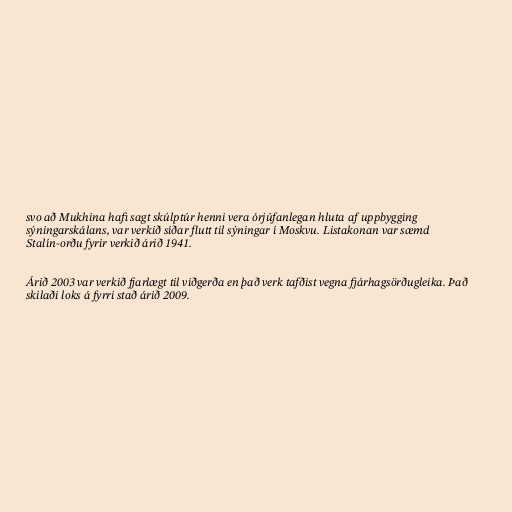
svo að Mukhina hafi sagt skúlptúr henni vera órjúfanlegan hluta af uppbygging
sýningarskálans, var verkið síðar flutt til sýningar í Moskvu. Listakonan var sæmd
Stalín-orðu fyrir verkið árið 1941.

Árið 2003 var verkið fjarlægt til viðgerða en það verk tafðist vegna fjárhagsörðugleika. Það
skilaði loks á fyrri stað árið 2009.